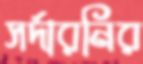
সর্দারনির